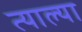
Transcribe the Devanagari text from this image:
त्याल्या